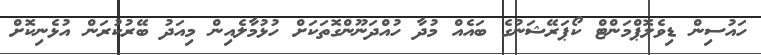
ހައުސިން ޑިވެލޮޕްމަންޓް ކޯޕަރޭޝަނުގެ ބައެއް މުދާ ހުއްދަނޫންގޮތަކަށް ހުޅުމާލެއިން މިއަދު ބޭރުކުރަން އުޅެނިކޮށް